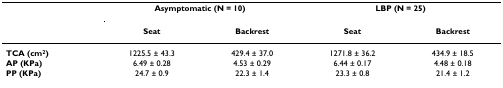
<table><thead><tr><td></td><td colspan="2"><b>Asymptomatic (N = 10)</b></td><td colspan="2"><b>LBP (N = 25)</b></td></tr><tr><td></td><td><b>Seat</b></td><td><b>Backrest</b></td><td><b>Seat</b></td><td><b>Backrest</b></td></tr></thead><tbody><tr><td><b>TCA (cm<sup>2</sup>)</b></td><td>1225.5 ± 43.3</td><td>429.4 ± 37.0</td><td>1271.8 ± 36.2</td><td>434.9 ± 18.5</td></tr><tr><td><b>AP (KPa)</b></td><td>6.49 ± 0.28</td><td>4.53 ± 0.29</td><td>6.44 ± 0.17</td><td>4.48 ± 0.18</td></tr><tr><td><b>PP (KPa)</b></td><td>24.7 ± 0.9</td><td>22.3 ± 1.4</td><td>23.3 ± 0.8</td><td>21.4 ± 1.2</td></tr></tbody></table>